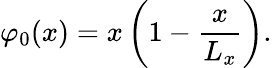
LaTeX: \varphi_{0}(x)=x\left(1-\frac{x}{L_{x}}\right).